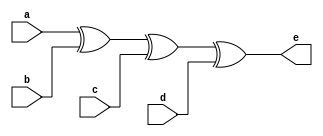
`timescale 1ns / 1ps
//////////////////////////////////////////////////////////////////////////////////
// Company: 
// Engineer: 
// 
// Design Name: 
// Module Name: even_parity_bit_generator
// Project Name: 
// Target Devices: 
// Tool Versions: 
// Description: 
// 
// Dependencies: 
// 
// Revision:
// Revision 0.01 - File Created
// Additional Comments:
// 
//////////////////////////////////////////////////////////////////////////////////


module even_parity_bit_generator(
    input a, b, c, d,
    output e
    );
    assign e=a^b^c^d;
endmodule